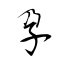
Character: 孕